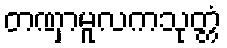
တဏှာမူလကသုတ္တံ